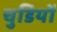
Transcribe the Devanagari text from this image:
चुडियों